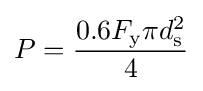
P={\frac {0.6F_{\text{y}}\pi d_{\text{s}}^{2}}{4}}